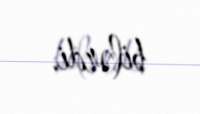
bilərdi.